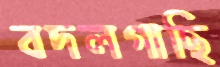
বদলগাছি